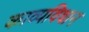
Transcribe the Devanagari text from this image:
काव्यविधान